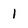
Character: l